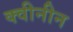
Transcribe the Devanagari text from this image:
क्वीनीन